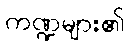
ကဏ္ဍများ၏